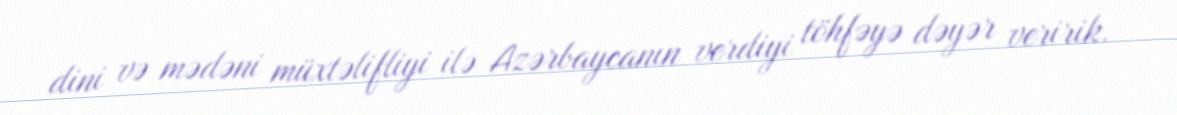
dini və mədəni müxtəlifliyi ilə Azərbaycanın verdiyi töhfəyə dəyər veririk.